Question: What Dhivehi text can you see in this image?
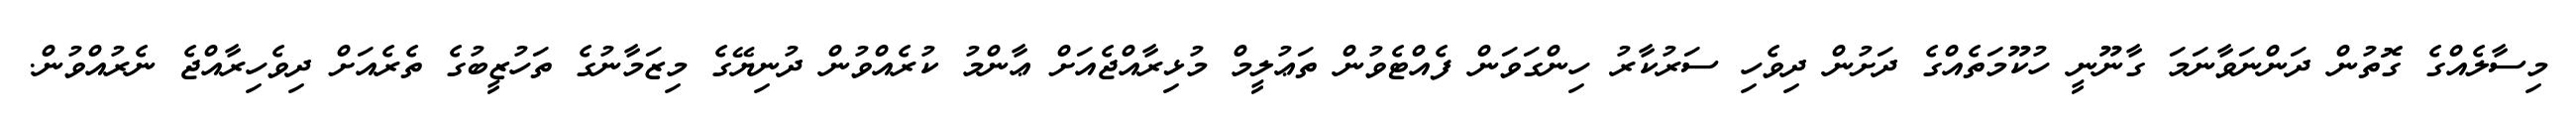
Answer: މިސާލެއްގެ ގޮތުން ދަންނަވާނަމަ ގާނޫނީ ހުކޫމަތެއްގެ ދަށުން ދިވެހި ސަރުކާރު ހިންގަވަން ފެއްޓެވުން ތަޢުލީމް މުޅިރާއްޖެއަށް ޢާންމު ކުރެއްވުން ދުނިޔޭގެ މިޒަމާނުގެ ތަހުޒީބުގެ ތެރެއަށް ދިވެހިރާއްޖެ ނެރުއްވުން.